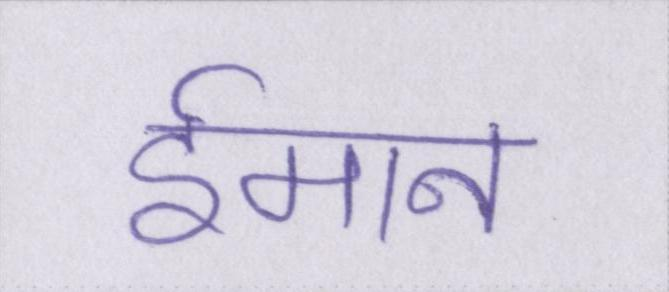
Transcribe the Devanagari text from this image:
ईमान